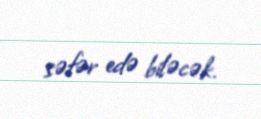
səfər edə biləcək.